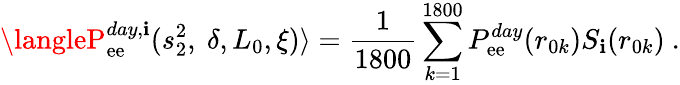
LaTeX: \langleP_{\mathrm{e}\mathrm{e}}^{day,\mathbf{i}}(s_{2}^{2},~\delta,L_{0},\xi)\rangle=\frac{{1}}{{1800}}\sum_{k=1}^{1800}P_{\mathrm{e}\mathrm{e}}^{day}(r_{0k})S_{\mathbf{i}}(r_{0k})~.